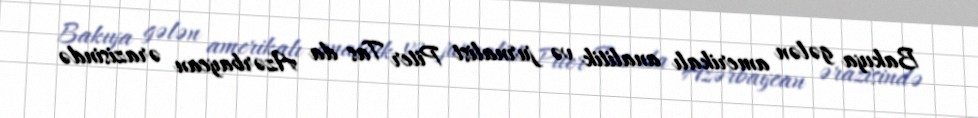
Bakıya gələn amerikalı analitik və jurnalist Piter Tas da Azərbaycan ərazisində